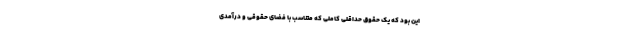
این بود که یک حقوق حداقلیِ کاملی که متناسب با فضای حقوقی و درآمدی